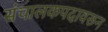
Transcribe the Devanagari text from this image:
संचालकपदावरून